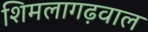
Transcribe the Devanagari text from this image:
शिमलागढ़वाल